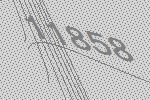
11858